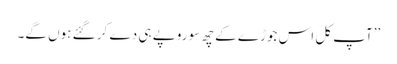
’’آپ کل اس جوڑے کے چھ سو روپے ہی دے کر گئے ہوں گے۔